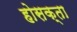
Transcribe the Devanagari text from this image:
होसक्ता